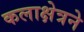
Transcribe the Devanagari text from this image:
कलाक्षेत्रने